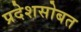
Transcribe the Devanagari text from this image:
प्रदेशसोबत